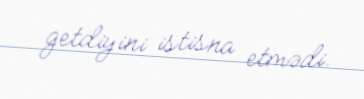
getdiyini istisna etmədi.